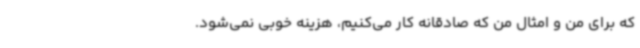
که برای من و امثال من که صادقانه کار می‌کنیم، هزینه خوبی نمی‌شود.